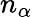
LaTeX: n_{\alpha}